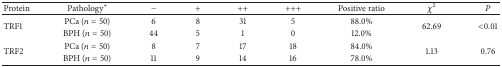
| Protein | Pathology∗ | − | + | ++ | +++ | Positive ratio | χ2 | P |
 | --- | --- | --- | --- | --- | --- | --- | --- | --- |
 | <ROWSPAN=2> TRF1 | PCa (n = 50) | 6 | 8 | 31 | 5 | 88.0% | <ROWSPAN=2> 62.69 | <ROWSPAN=2> <0.01 |
 | BPH (n = 50) | 44 | 5 | 1 | 0 | 12.0% |
 | <ROWSPAN=2> TRF2 | PCa (n = 50) | 8 | 7 | 17 | 18 | 84.0% | <ROWSPAN=2> 1.13 | <ROWSPAN=2> 0.76 |
 | BPH (n = 50) | 11 | 9 | 14 | 16 | 78.0% |